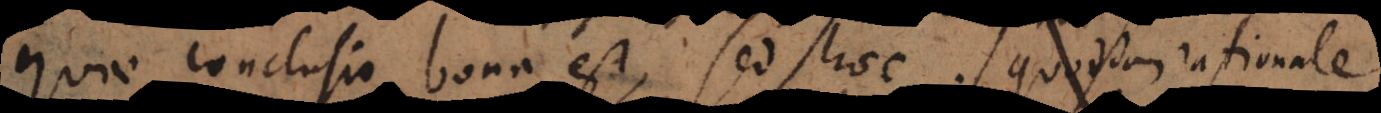
Quae conclusio bona est, sed haec quoddam rationale